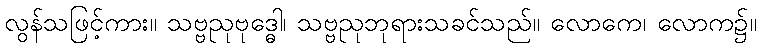
လွန်သဖြင့်ကား။ သဗ္ဗညုဗုဒ္ဓေါ၊ သဗ္ဗညုဘုရားသခင်သည်။ လောကေ၊ လောက၌။